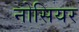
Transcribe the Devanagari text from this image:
नोसियर